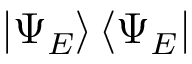
\left| \Psi _ { E } \right\rangle \left\langle \Psi _ { E } \right|